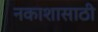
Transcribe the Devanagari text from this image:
नकाशासाठी